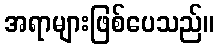
အရာများဖြစ်ပေသည်။